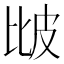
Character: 𤿎